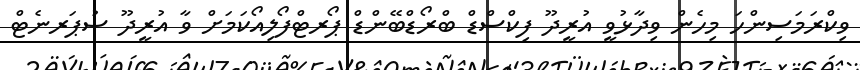
ވިކްރަމަސިންހަ މިހެން ވިދާޅުވީ އުރީދޫ ފިކްސްޑް ބްރޯޑްބޭންޑް ޕޯރޓްފޯލިއޯކަމަށް ވާ އުރީދޫ ސުޕަރނެޓް